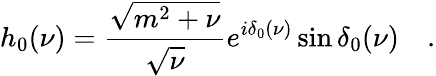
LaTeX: h_{0}(\nu)=\frac{\sqrt{m^{2}+\nu}}{\sqrt{\nu}}e^{i\delta_{0}(\nu)}\sin\delta_{0}(\nu)\quad.